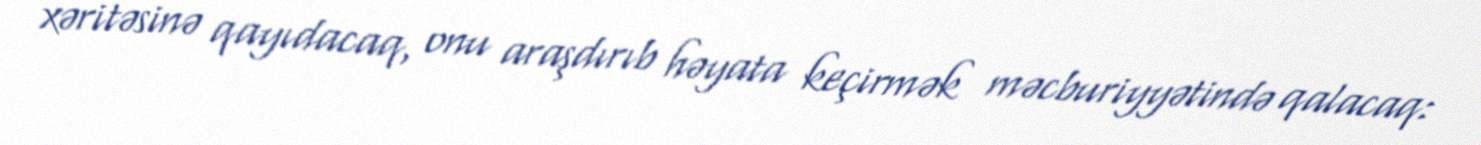
xəritəsinə qayıdacaq, onu araşdırıb həyata keçirmək məcburiyyətində qalacaq: